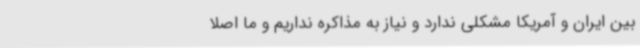
بین ایران و آمریکا مشکلی ندارد و نیاز به مذاکره نداریم و ما اصلا